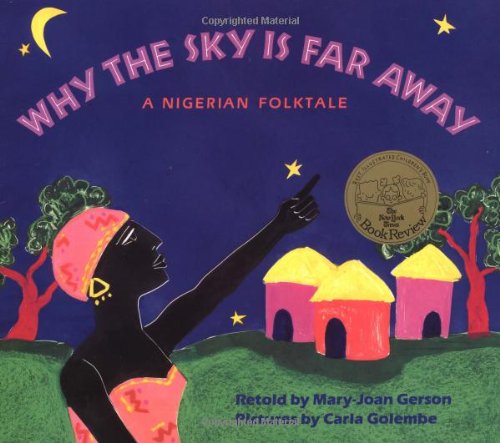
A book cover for Why The Sky Is Far Away: A Nigerian Folktale; Mary-Joan Gerson; Children's Books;